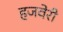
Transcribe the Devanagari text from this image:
हजवेरी